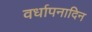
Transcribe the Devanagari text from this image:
वर्धापनादिन